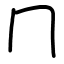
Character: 冂